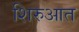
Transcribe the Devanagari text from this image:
शिरुआत